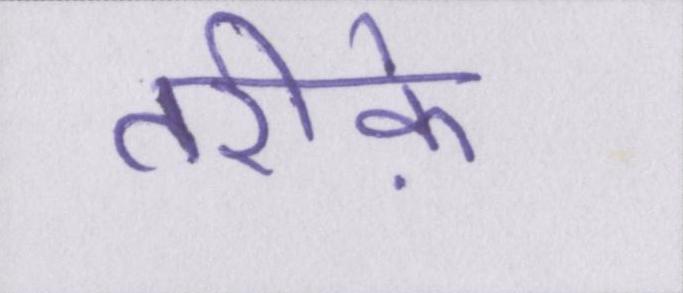
तरीके़